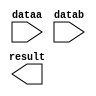
// megafunction wizard: %LPM_MULT%VBB%
// GENERATION: STANDARD
// VERSION: WM1.0
// MODULE: lpm_mult 

// ============================================================
// Megafunction Name(s):
// 			lpm_mult
//
// Simulation Library Files(s):
// 			lpm
// ============================================================
// ************************************************************
// THIS IS A WIZARD-GENERATED FILE. DO NOT EDIT THIS FILE!
//
// 18.1.0 Build 625 09/12/2018 SJ Lite Edition
// ************************************************************

//Copyright (C) 2018  Intel Corporation. All rights reserved.
//Your use of Intel Corporation's design tools, logic functions 
//and other software and tools, and its AMPP partner logic 
//functions, and any output files from any of the foregoing 
//(including device programming or simulation files), and any 
//associated documentation or information are expressly subject 
//to the terms and conditions of the Intel Program License 
//Subscription Agreement, the Intel Quartus Prime License Agreement,
//the Intel FPGA IP License Agreement, or other applicable license
//agreement, including, without limitation, that your use is for
//the sole purpose of programming logic devices manufactured by
//Intel and sold by Intel or its authorized distributors.  Please
//refer to the applicable agreement for further details.

module mult32 (
	dataa,
	datab,
	result);

	input	[31:0]  dataa;
	input	[31:0]  datab;
	output	[31:0]  result;

endmodule

// ============================================================
// CNX file retrieval info
// ============================================================
// Retrieval info: PRIVATE: AutoSizeResult NUMERIC "0"
// Retrieval info: PRIVATE: B_isConstant NUMERIC "0"
// Retrieval info: PRIVATE: ConstantB NUMERIC "0"
// Retrieval info: PRIVATE: INTENDED_DEVICE_FAMILY STRING "Cyclone V"
// Retrieval info: PRIVATE: LPM_PIPELINE NUMERIC "0"
// Retrieval info: PRIVATE: Latency NUMERIC "0"
// Retrieval info: PRIVATE: SYNTH_WRAPPER_GEN_POSTFIX STRING "0"
// Retrieval info: PRIVATE: SignedMult NUMERIC "0"
// Retrieval info: PRIVATE: USE_MULT NUMERIC "1"
// Retrieval info: PRIVATE: ValidConstant NUMERIC "0"
// Retrieval info: PRIVATE: WidthA NUMERIC "32"
// Retrieval info: PRIVATE: WidthB NUMERIC "32"
// Retrieval info: PRIVATE: WidthP NUMERIC "32"
// Retrieval info: PRIVATE: aclr NUMERIC "0"
// Retrieval info: PRIVATE: clken NUMERIC "0"
// Retrieval info: PRIVATE: new_diagram STRING "1"
// Retrieval info: PRIVATE: optimize NUMERIC "0"
// Retrieval info: LIBRARY: lpm lpm.lpm_components.all
// Retrieval info: CONSTANT: LPM_HINT STRING "MAXIMIZE_SPEED=5"
// Retrieval info: CONSTANT: LPM_REPRESENTATION STRING "UNSIGNED"
// Retrieval info: CONSTANT: LPM_TYPE STRING "LPM_MULT"
// Retrieval info: CONSTANT: LPM_WIDTHA NUMERIC "32"
// Retrieval info: CONSTANT: LPM_WIDTHB NUMERIC "32"
// Retrieval info: CONSTANT: LPM_WIDTHP NUMERIC "32"
// Retrieval info: USED_PORT: dataa 0 0 32 0 INPUT NODEFVAL "dataa[31..0]"
// Retrieval info: USED_PORT: datab 0 0 32 0 INPUT NODEFVAL "datab[31..0]"
// Retrieval info: USED_PORT: result 0 0 32 0 OUTPUT NODEFVAL "result[31..0]"
// Retrieval info: CONNECT: @dataa 0 0 32 0 dataa 0 0 32 0
// Retrieval info: CONNECT: @datab 0 0 32 0 datab 0 0 32 0
// Retrieval info: CONNECT: result 0 0 32 0 @result 0 0 32 0
// Retrieval info: GEN_FILE: TYPE_NORMAL mult32.v TRUE
// Retrieval info: GEN_FILE: TYPE_NORMAL mult32.inc FALSE
// Retrieval info: GEN_FILE: TYPE_NORMAL mult32.cmp FALSE
// Retrieval info: GEN_FILE: TYPE_NORMAL mult32.bsf FALSE
// Retrieval info: GEN_FILE: TYPE_NORMAL mult32_inst.v FALSE
// Retrieval info: GEN_FILE: TYPE_NORMAL mult32_bb.v TRUE
// Retrieval info: LIB_FILE: lpm